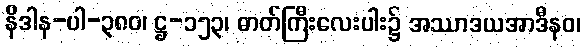
နိဒါန-ပါ-၃၈၀၊ ဋ္ဌ-၁၅၃၊ ဓာတ်ကြီးလေးပါး၌ အဿာဒယအာဒီနဝ၊